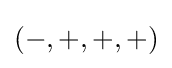
(-,+,+,+)